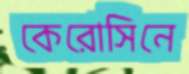
কেরোসিনে